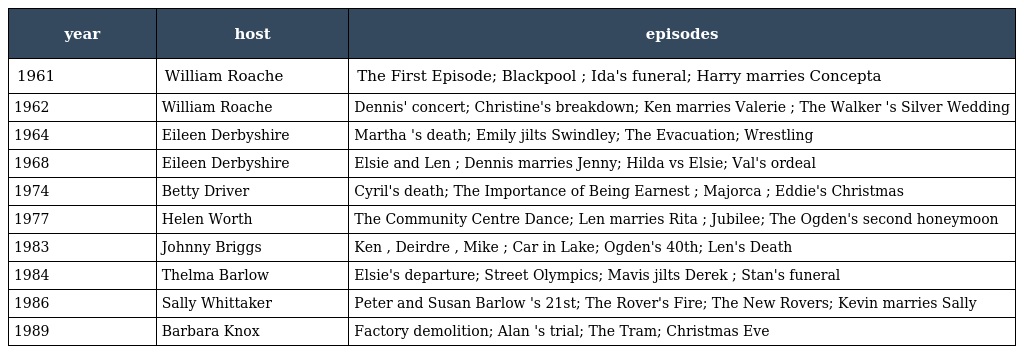
| year | host | episodes |
 | --- | --- | --- |
 | 1961 | William Roache | The First Episode; Blackpool ; Ida's funeral; Harry marries Concepta |
 | 1962 | William Roache | Dennis' concert; Christine's breakdown; Ken marries Valerie ; The Walker 's Silver Wedding |
 | 1964 | Eileen Derbyshire | Martha 's death; Emily jilts Swindley; The Evacuation; Wrestling |
 | 1968 | Eileen Derbyshire | Elsie and Len ; Dennis marries Jenny; Hilda vs Elsie; Val's ordeal |
 | 1974 | Betty Driver | Cyril's death; The Importance of Being Earnest ; Majorca ; Eddie's Christmas |
 | 1977 | Helen Worth | The Community Centre Dance; Len marries Rita ; Jubilee; The Ogden's second honeymoon |
 | 1983 | Johnny Briggs | Ken , Deirdre , Mike ; Car in Lake; Ogden's 40th; Len's Death |
 | 1984 | Thelma Barlow | Elsie's departure; Street Olympics; Mavis jilts Derek ; Stan's funeral |
 | 1986 | Sally Whittaker | Peter and Susan Barlow 's 21st; The Rover's Fire; The New Rovers; Kevin marries Sally |
 | 1989 | Barbara Knox | Factory demolition; Alan 's trial; The Tram; Christmas Eve |